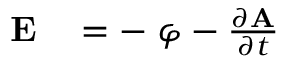
\begin{array} { r l } { \mathbf { E } } & { { } = - \mathbf { \nabla } \varphi - { \frac { \partial \mathbf { A } } { \partial t } } } \end{array}